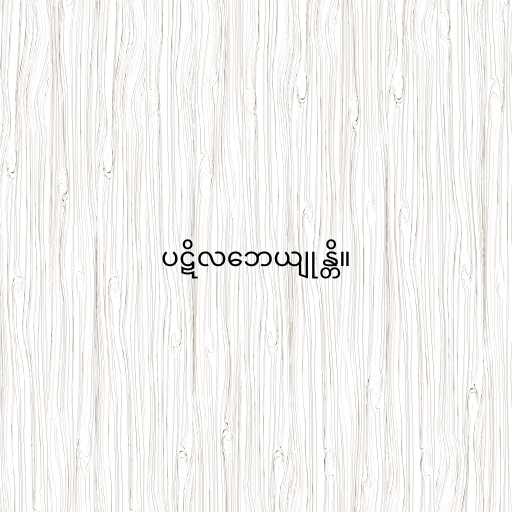
ပဋိလဘေယျုန္တိ။